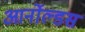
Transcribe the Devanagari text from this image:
आर्नोल्डस